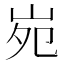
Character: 𡶟